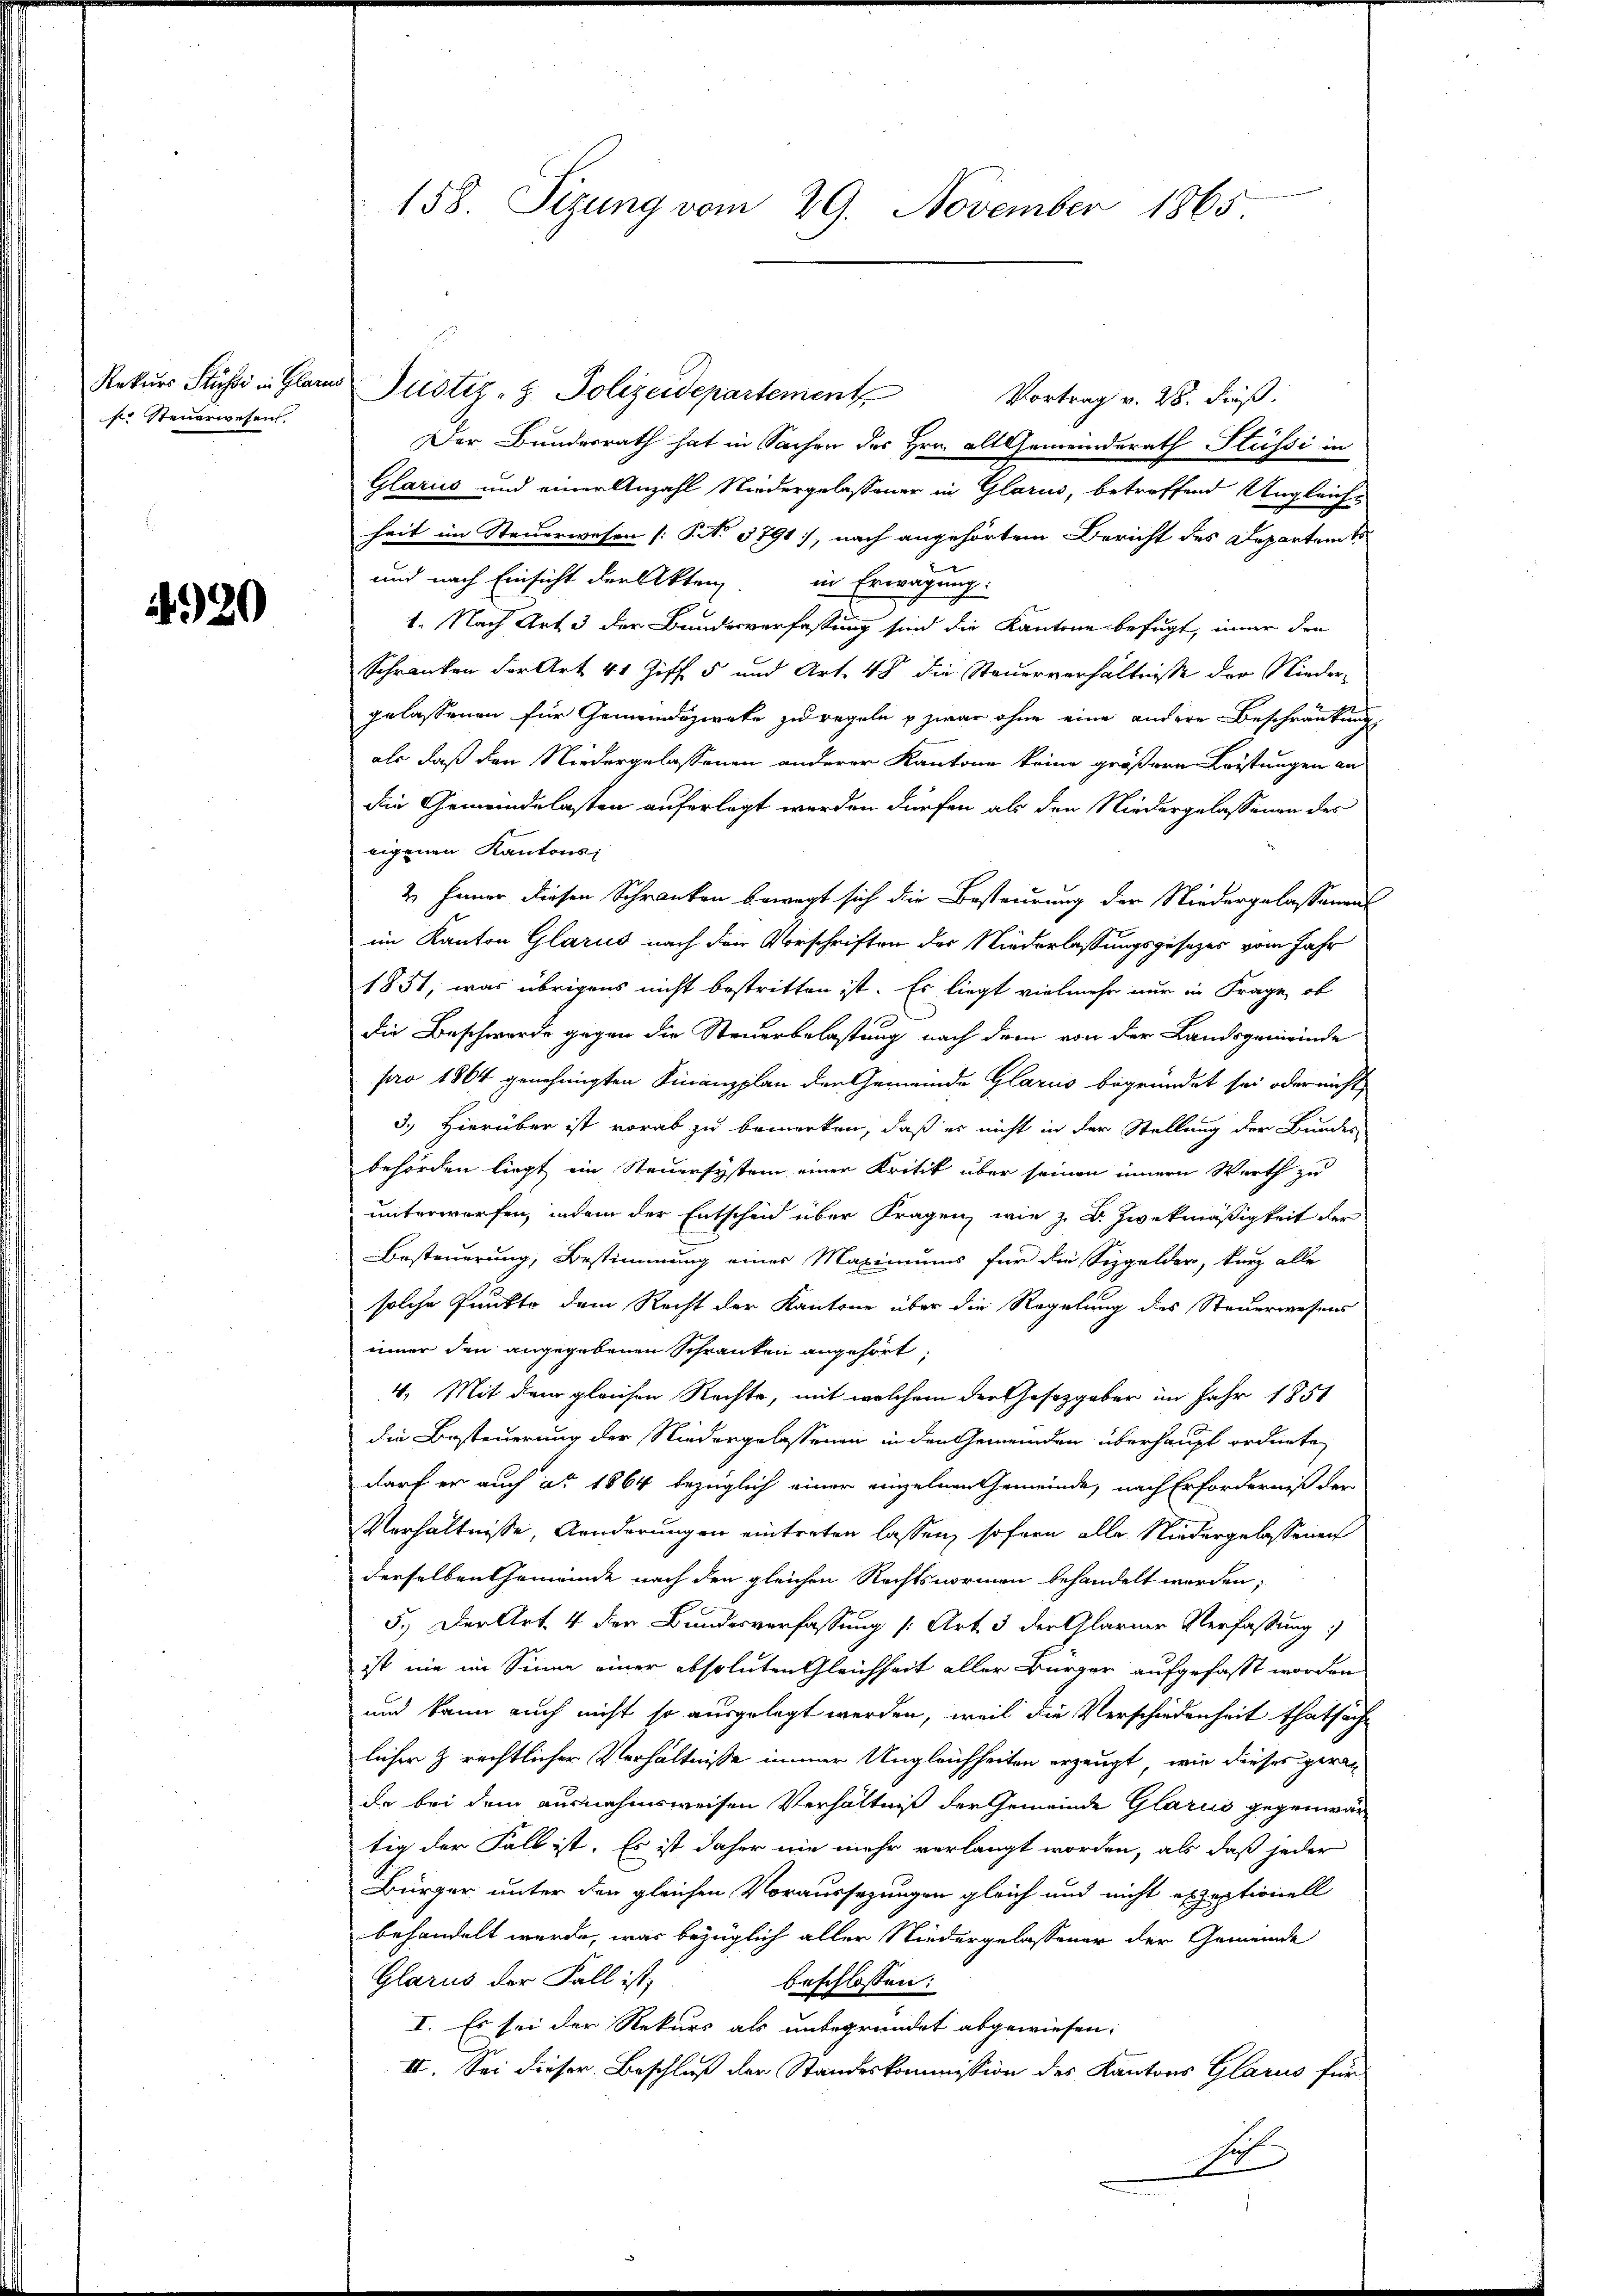
Rekurs Stüsse in Glarus
ser Steuerwesen.

4920

158. Sizung vom 29. November 1865

Justiz-Z. Polizeidepartement Vortrag v. 28. Fieß:
Der Bundesrath hat in Sachen des Hrn. alt Gemeinderath Stüssi in
Glarus und einer Anzahl Niedergelassener in Glarus, betreffend Ungleiche
heit im Steuerwesen (: No 1791, nach angehörtem Bericht des Departamts
und nach Einsicht der Akten in Erwägung:
1. Nach Art. 3 der Bundesverfassung sind die Kantone befugt, immer den
Schranken der Art 41 Ziff. 5 und Art. 48 die Steuerverhältnisse der Niedergelassenen für Gemeindezweke zu regeln u zwar ohne eine andere Beschränkung
als daß den Niedergelassenen anderer Kantone keine größern Leistungen an
die Gemeindelasten auferlegt werden dürfen als den Niedergelassenen des
eigenen Kantons
2. Jener diesen Schranken bewegt sich die Besteurung der Niedergelassenens
im Kanton Glarus nach den Vorschriften der Niederlassungsgesezes vom Jahr
1851, was übrigens nicht bestritten ist. Es liegt vielmehr nur in Frage, ob
die Beschwerde gegen die Steuerbelastung nach dem von der Landsgemeinde
pro 1864 genehmigten Finanzplan der Gemeinde Glarus begründet sei oder nicht
3.) Hierüber ist vorab zu bemerken, daß es nicht in der Stellung der Bundes-
behörden liegt ein Steuersystem einer Kritik über seinen innern Werth zu
unterworfen, indem der Entschen über Fragen, wie z. B. Zweckmäßigkeit der
Besteuerung, Bestimmung eines Maximums für die Sizgelder, kurz alle
solche Punkte dem Recht der Kantone über die Regelung des Steuerwesens
inner den angegebenen Schranken angehört,
4. Mit dem gleichen Rechte, mit welchem der Gesetzgeber im Jahr 1851
die Besteuerung der Niedergelassenen in den Gemeinden überhaupt ordnete,
darf er auch ad 1864 bezüglich einer einzelnen Gemeinde, nach Erforderniß der
Verhältnisse, Anderungen eintreten lassen, sofern alle Niedergelassenen
derselben Gemeinde nach den gleichen Rechtsnormen behandelt werden,
5.) Der Art. 4 der Bundesverfassung /: Art. 3 der Glarner Verfassung:
ist nie im Sinne einer absoluten Gleichheit aller Bürger aufgefasst worden
und kann auch nicht so ausgelegt werden, weil die Verschiedenheit thatsäch
licher z rechtlicher Verhältnisse immer Ungleichheiten erzeugt, wie dieses gerat
da bei dem ausnahmsweisen Verhältniß der Gemeinde Glarus gegenwärtig der Fall ist. Es ist daher nie mehr verlangt worden, als daß jeder
Bürger unter den gleichen Voraussetzungen gleich und nicht exzeptionell
behandelt werde, was bezüglich aller Niedergelassener der Gemeinde
Glarus der Fall ist;
beschlossen:
I. Es sei der Rekurs als unbegründet abgewiesen:
II. Sei dieser Beschluß der Standeskommission des Kantons Glarus für
A